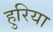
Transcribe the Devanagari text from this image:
हुरिया